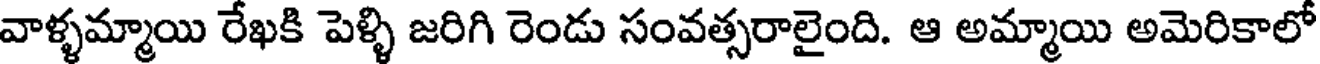
వాళ్ళమ్మాయి రేఖకి పెళ్ళి జరిగి రెండు సంవత్సరాలైంది. ఆ అమ్మాయి అమెరికాలో